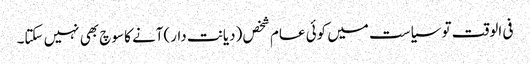
فی الوقت تو سیاست میں کوئی عام شخص (دیانت دار)آنے کا سوچ بھی نہیں سکتا۔